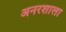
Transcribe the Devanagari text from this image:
अनरशाला